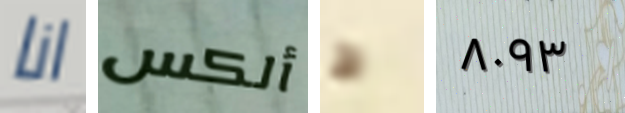
انا ألكس ط ٨٠٩٣